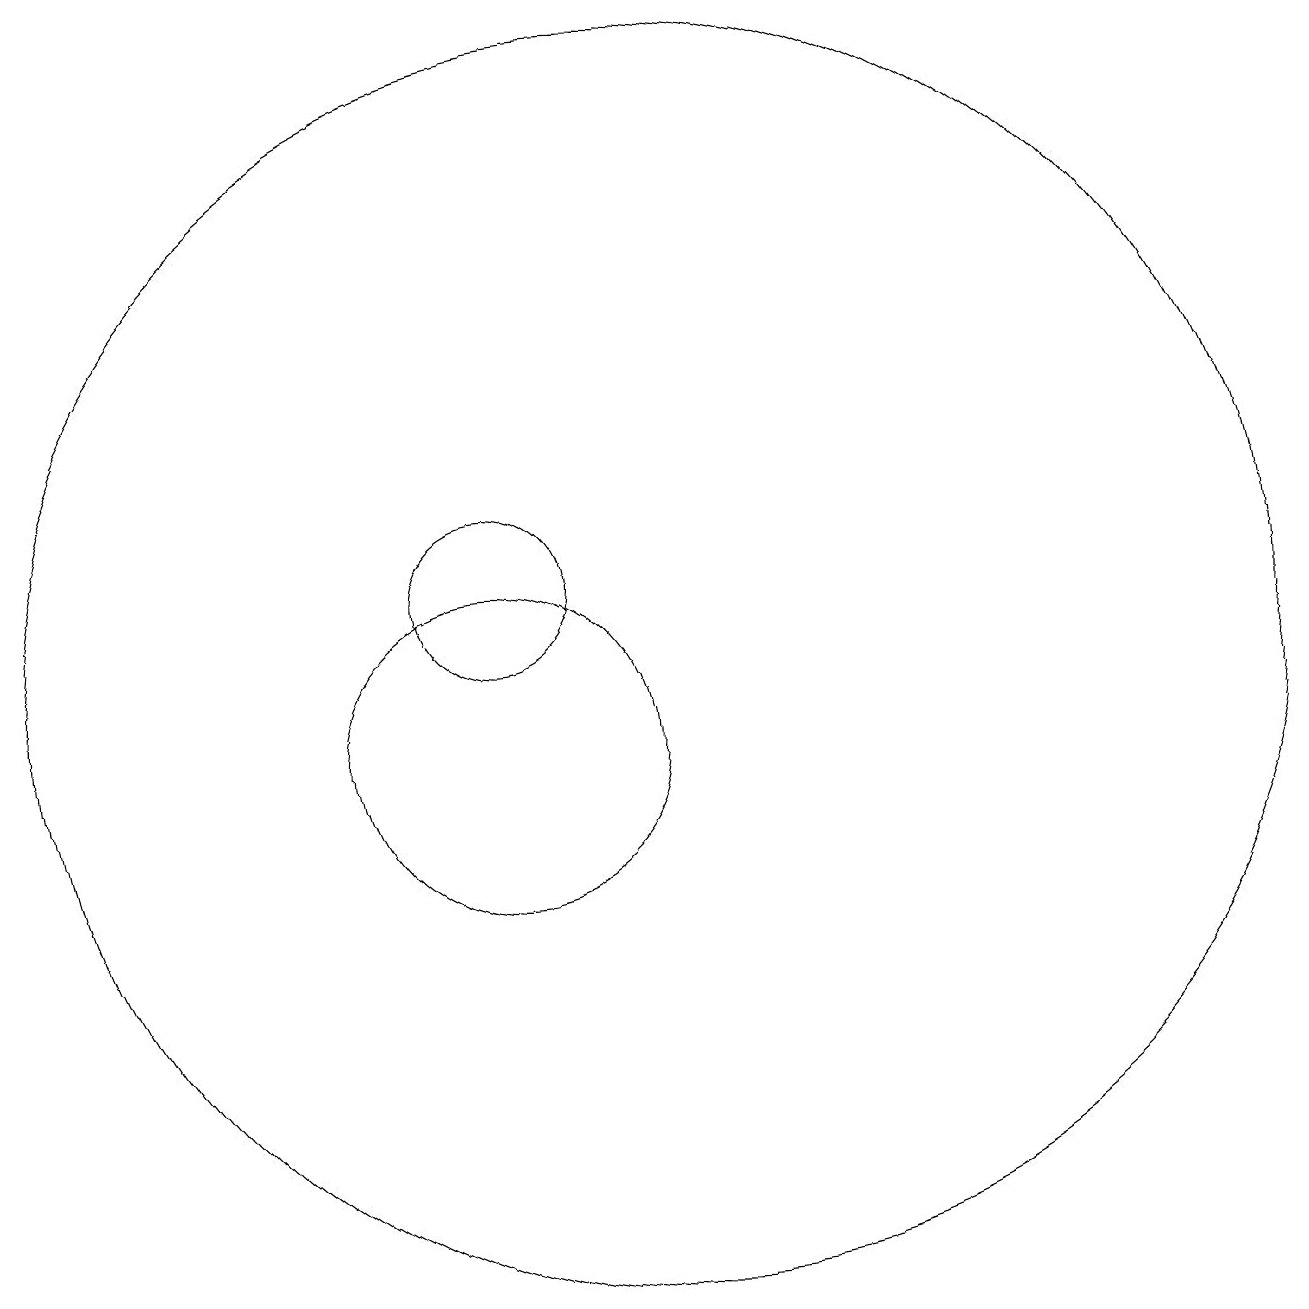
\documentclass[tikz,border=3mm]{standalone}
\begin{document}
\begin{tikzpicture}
\draw (12,11) circle (8);
\draw (10,12) circle (1);
\draw (10,10) circle (2);
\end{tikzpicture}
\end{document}